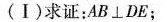
(Ⅰ)求证：AB\bot DE；